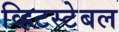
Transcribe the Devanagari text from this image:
व्हिटस्टेबल